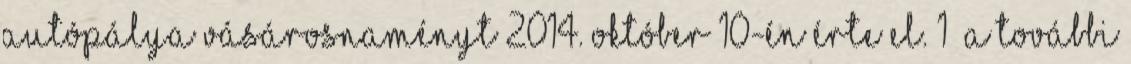
autópálya Vásárosnaményt 2014. október 10-én érte el. 1 A további